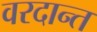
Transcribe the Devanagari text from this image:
वरदान्त